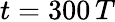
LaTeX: t=300\, T